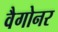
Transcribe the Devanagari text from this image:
वैगोनर